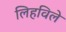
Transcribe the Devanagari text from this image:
लिहविले